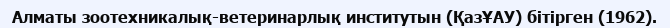
Алматы зоотехникалық-ветеринарлық институтын (ҚазҰАУ) бітірген (1962).